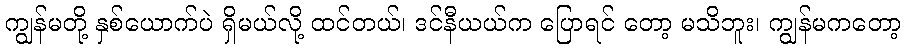
ကျွန်မတို့ နှစ်ယောက်ပဲ ရှိမယ်လို့ ထင်တယ်၊ ဒင်နီယယ်က ပြောရင် တော့ မသိဘူး၊ ကျွန်မကတော့